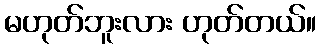
မဟုတ်ဘူးလား ဟုတ်တယ်။